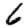
Digit: 6